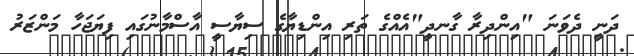
ދަނީ ދެވަނަ "އިންދިރާ ގާނދީ"އެއްގެ ތަރި އިންޑިޔާގެ ސިޔާސީ އާސްމާނުގައި ފިޔަޖަހާ މަންޒަރު